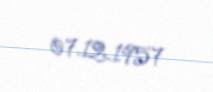
07.12.1957